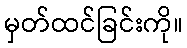
မှတ်ထင်ခြင်းကို။